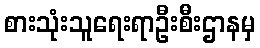
စားသုံးသူရေးရာဦးစီးဌာနမှ